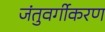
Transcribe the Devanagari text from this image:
जंतुवर्गीकरण